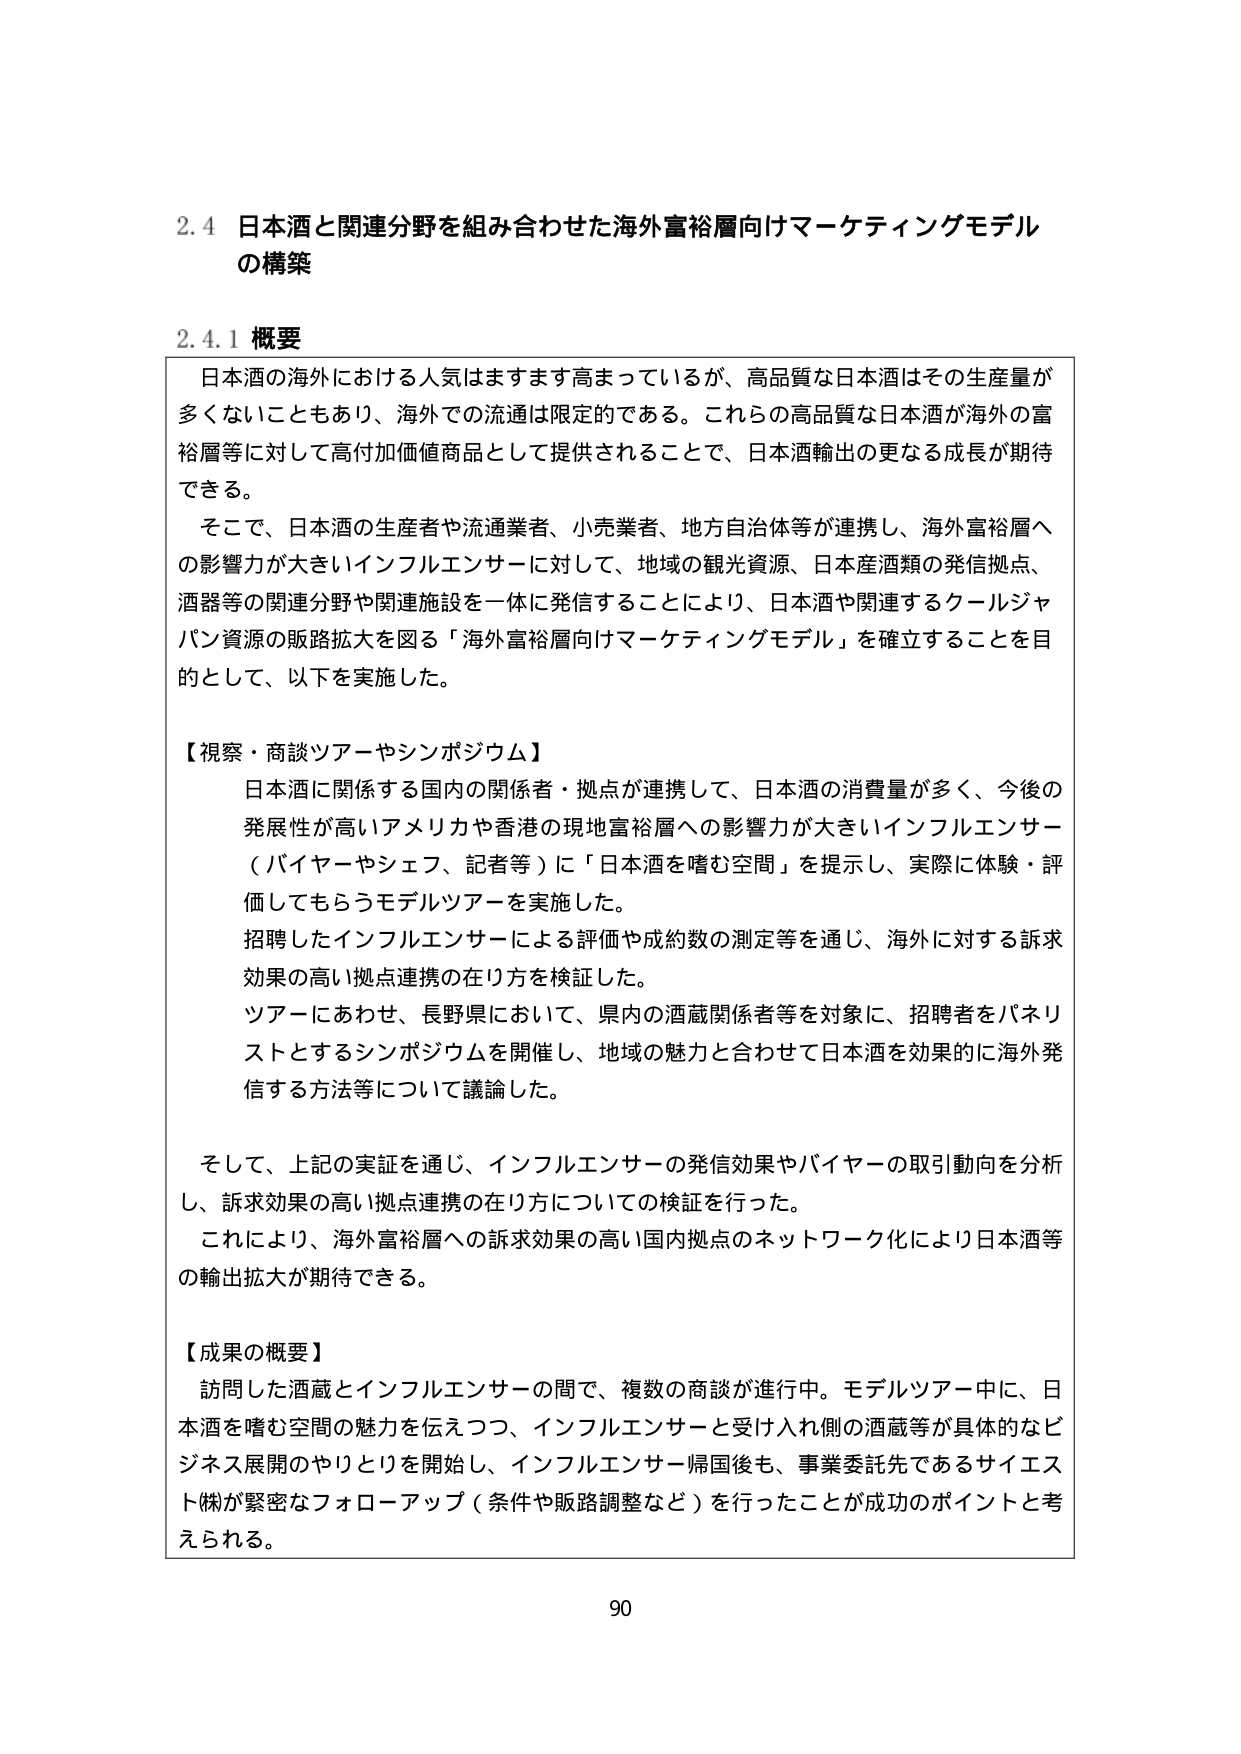
2.4 日本酒と関連分野を組み合わせた海外富裕層向けマーケティングモデル
の構築

2.4.1 概要

日本酒の海外における人気はますます高まっているが、高品質な日本酒はその生産量が
多くないこともあり、海外での流通は限定的である。これらの高品質な日本酒が海外の富裕層等に対して高付加価値商品として提供されることで、日本酒輸出の更なる成長が期待できる。

そこで、日本酒の生産者や流通業者、小売業者、地方自治体等が連携し、海外富裕層への影響力が大きいインフルエンサーに対して、地域の観光資源、日本産酒類の発信拠点、酒器等の関連分野や関連施設を一体に発信することにより、日本酒や関連するクールジャパン資源の販路拡大を図る「海外富裕層向けマーケティングモデル」を確立することを目的として、以下を実施した。

【視察・商談ツアー・シンポジウム】
日本酒に関係する国内の関係者・拠点が連携して、日本酒の消費量が多く、今後の発展性が高いアメリカや香港の現地富裕層への影響力が大きいインフルエンサー（バイヤーやシェフ、記者等）に「日本酒を嗜む空間」を提示し、実際に体験・評価してもらうモデルツアーを実施した。
招聘したインフルエンサーによる評価や成約数の測定等を通じ、海外に対する訴求効果の高い拠点連携の在り方を検証した。
ツアーにあわせ、長野県において、県内の酒蔵関係者等を対象に、招聘者をパネリストとするシンポジウムを開催し、地域の魅力と合わせて日本酒を効果的に海外発信する方法等について議論した。

そして、上記の実証を通じ、インフルエンサーの発信効果やバイヤーの取引動向を分析し、訴求効果の高い拠点連携の在り方についての検証を行った。
これにより、海外富裕層への訴求効果の高い国内拠点のネットワーク化により日本酒等の輸出拡大が期待できる。

【成果の概要】
訪問した酒蔵とインフルエンサーの間で、複数の商談が進行中。モデルツアー中に、日本酒を嗜む空間の魅力を伝えつつ、インフルエンサーと受け入れ側の酒蔵等が具体的なビジネス展開のやりとりを開始し、インフルエンサー帰国後も、事業委託先であるサイエスト㈱が緊密なフォローアップ（条件や販路調整など）を行ったことが成功のポイントと考えられる。

90